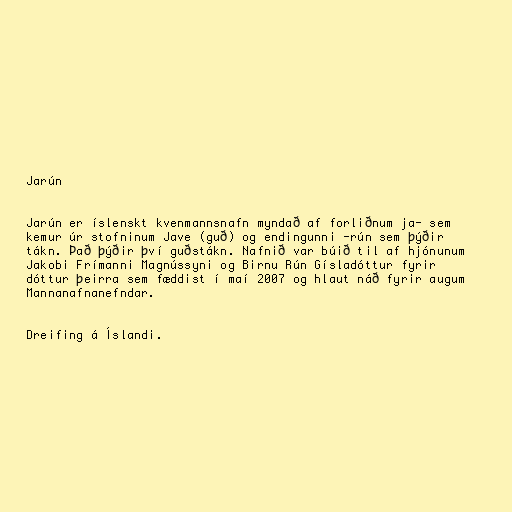
Jarún

Jarún er íslenskt kvenmannsnafn myndað af forliðnum ja- sem
kemur úr stofninum Jave (guð) og endingunni -rún sem þýðir
tákn. Það þýðir því guðstákn. Nafnið var búið til af hjónunum
Jakobi Frímanni Magnússyni og Birnu Rún Gísladóttur fyrir
dóttur þeirra sem fæddist í maí 2007 og hlaut náð fyrir augum
Mannanafnanefndar.

Dreifing á Íslandi.